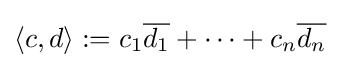
\langle c,d\rangle :=c_{1}{\overline {d_{1}}}+\cdots +c_{n}{\overline {d_{n}}}